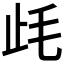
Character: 𣥡